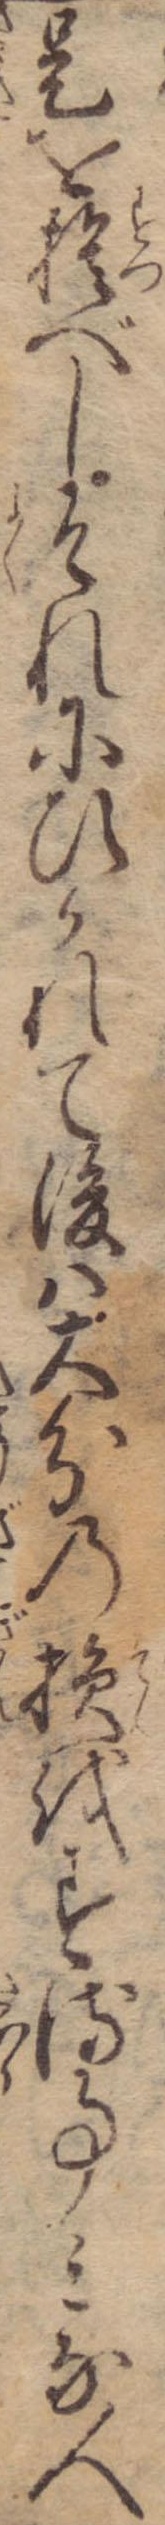
是を捨べしそれにひかれて後は大分の損をする事みな人